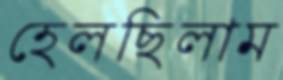
হেলছিলাম